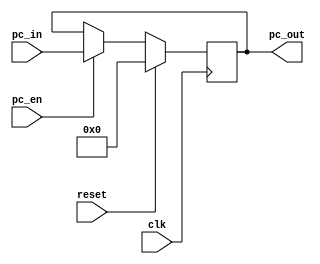
module program_counter (
    input clk,
    input reset,
    input [19:0] pc_in,
    input pc_en,
    output [19:0] pc_out
);
    reg [19:0] pc;

    always @(posedge clk) begin
        if (reset)
            pc <= 20'b0;
        else if (pc_en)
            pc <= pc_in;
    end

    assign pc_out = pc;
endmodule